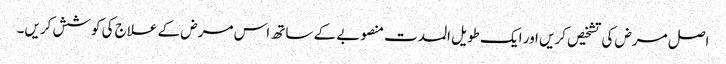
اصل مرض کی تشخیص کریں اور ایک طویل المدت منصوبے کے ساتھ اس مرض کے علاج کی کوشش کریں۔